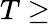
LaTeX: T\geq